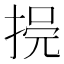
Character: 𢮺